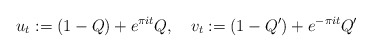
\begin{align*} u_t: = (1-Q) + e^{\pi it} Q ,\quad v_t:= (1-Q')+ e^{- \pi it} Q'\end{align*}